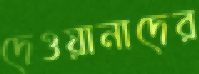
দেওয়ানাদের